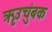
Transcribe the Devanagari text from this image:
ॠउचुंबक